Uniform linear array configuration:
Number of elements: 8
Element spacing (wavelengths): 0.75
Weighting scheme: kaiser
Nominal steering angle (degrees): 15
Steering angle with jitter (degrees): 14.887
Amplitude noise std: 0.05
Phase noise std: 0.05

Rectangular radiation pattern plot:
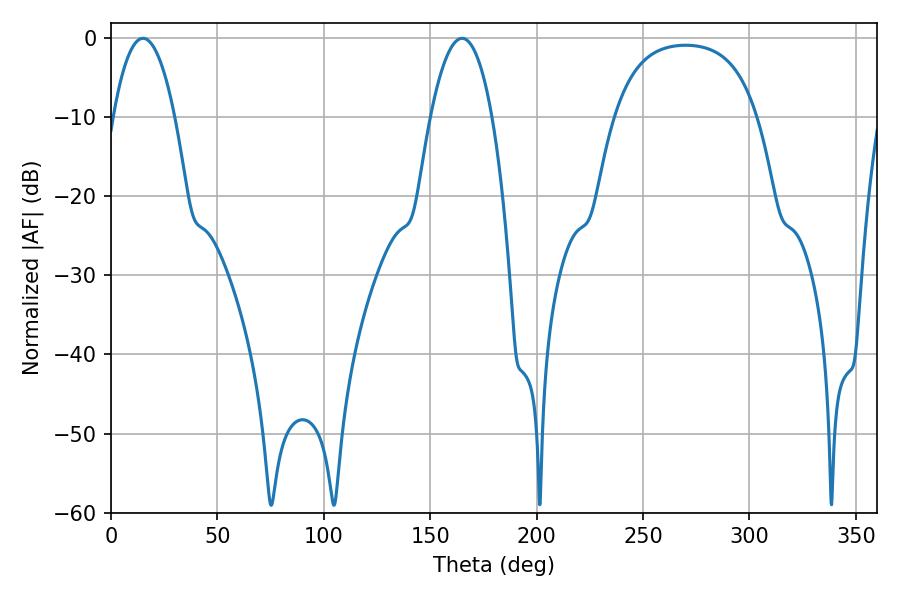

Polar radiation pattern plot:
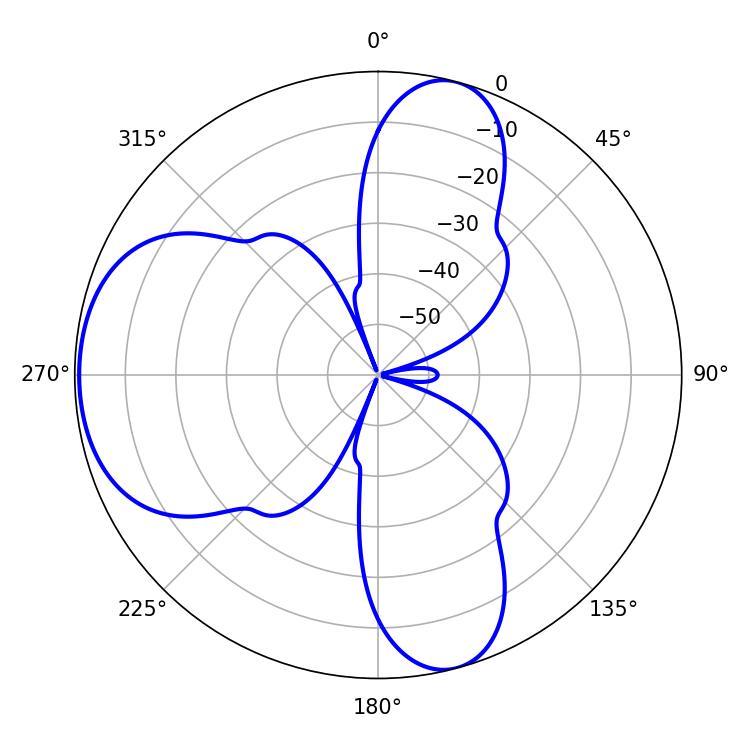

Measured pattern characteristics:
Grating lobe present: TRUE
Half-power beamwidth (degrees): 16.02
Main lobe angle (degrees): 164.88